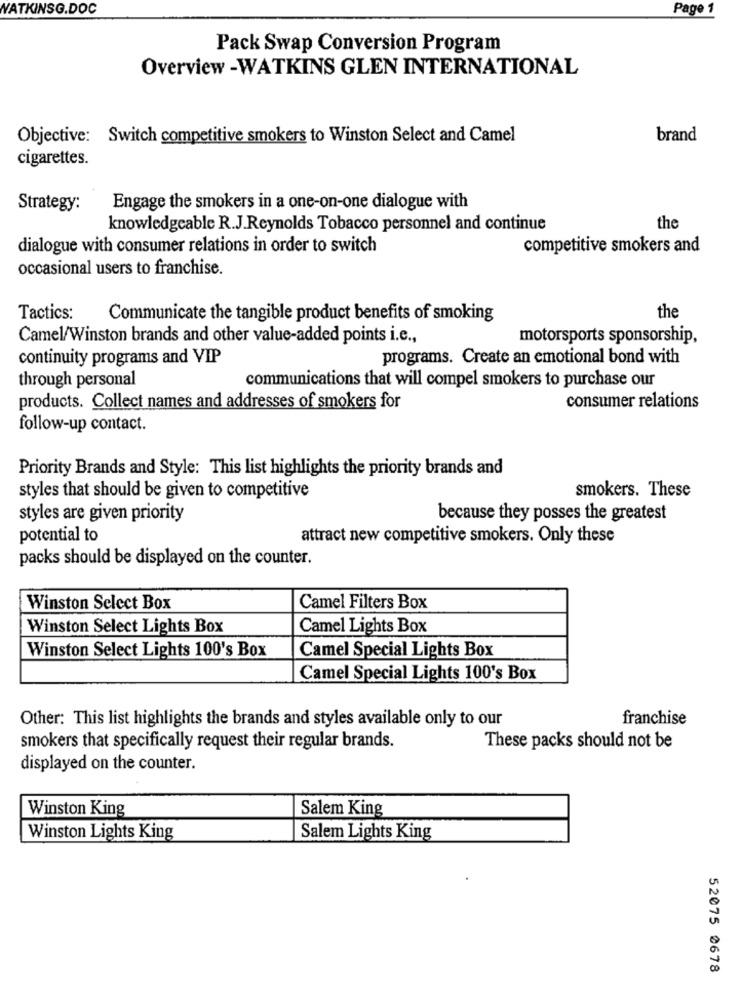
WATKINSG.DOC
Page 1
Pack Swap Conversion Program
Overview -WATKINS GLEN INTERNATIONAL
Objective: Switch competitive smokers to Winston Select and Camel
brand
cigarettes.
Strategy:
Engage the smokers in a one-on-one dialogue with
knowledgeable R.J.Reynolds Tobacco personnel and continue
the
dialogue with consumer relations in order to switch
competitive smokers and
occasional users to franchise.
Tactics:
Communicate the tangible product benefits of smoking
the
Camel/Winston brands and other value-added points i.e .,
motorsports sponsorship,
continuity programs and VIP
programs. Create an emotional bond with
through personal
communications that will compel smokers to purchase our
products. Collect names and addresses of smokers for
consumer relations
follow-up contact.
Priority Brands and Style: This list highlights the priority brands and
styles that should be given to competitive
smokers. These
styles are given priority
because they posses the greatest
potential to
attract new competitive smokers. Only these
packs should be displayed on the counter.
Winston Select Box
Camel Filters Box
Winston Select Lights Box
Camel Lights Box
Winston Select Lights 100's Box
Camel Special Lights Box
Camel Special Lights 100's Box
Other: This list highlights the brands and styles available only to our
franchise
smokers that specifically request their regular brands.
These packs should not be
displayed on the counter.
Winston King
Salem King
Winston Lights King
Salem Lights King
52075 0678